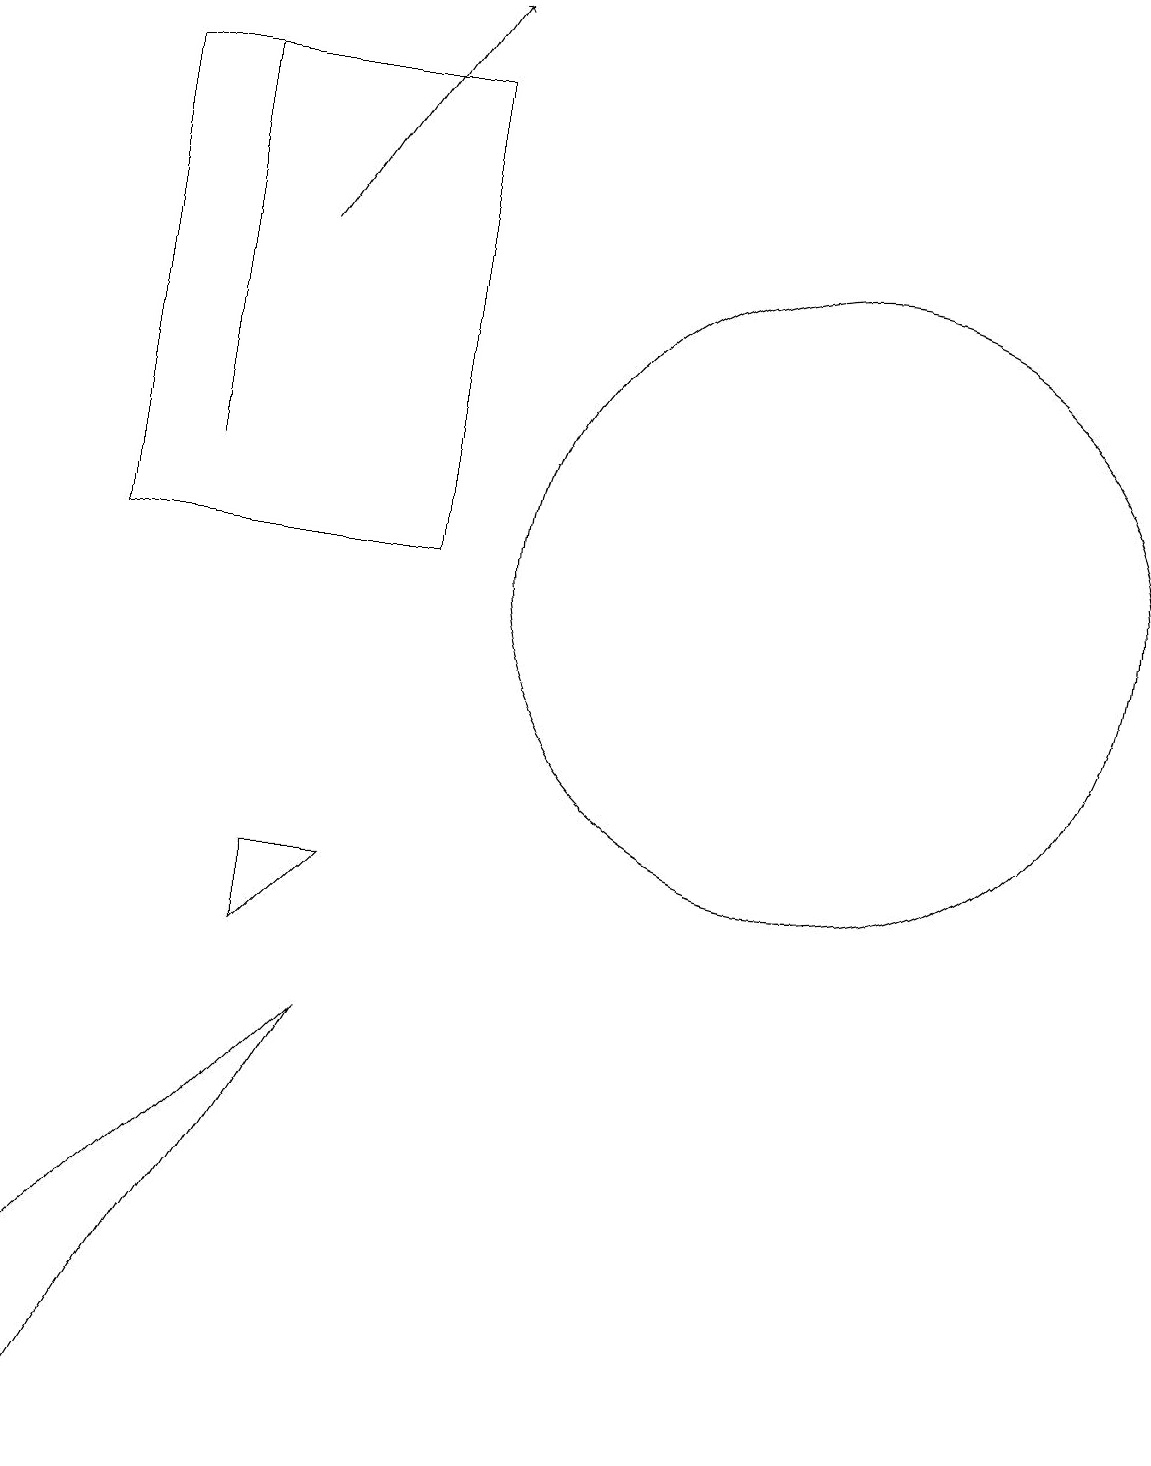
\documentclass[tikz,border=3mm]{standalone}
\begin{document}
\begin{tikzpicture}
\draw (11,12) circle (4);
\draw (3,13) rectangle (3,18);
\draw (2,18) rectangle (6,12);
\draw (1,2) -- (5,6) -- (2,1) -- cycle;
\draw (5,8) -- (4,8) -- (4,7) -- cycle;
\draw[->] (4,16) -- (6,19);
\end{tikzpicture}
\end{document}